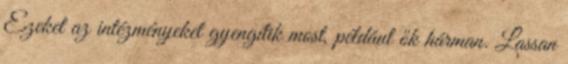
Ezeket az intézményeket gyengítik most, például ők hárman. Lassan